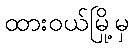
ထားဝယ်မြို့မှ